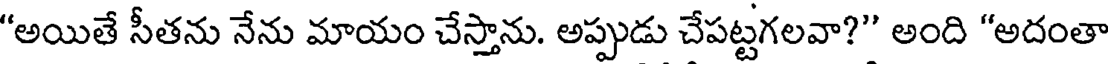
"అయితే సీతను నేను మాయం చేస్తాను. అప్పుడు చేపట్టగలవా?" అంది "అదంతా